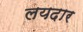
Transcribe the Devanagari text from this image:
लयदार